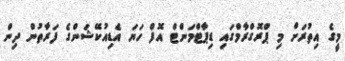
މީގެ އިތުރަށް މި ޕްރޮގްރާމްގައި ޑިޕާޓްމަންޓް އޮފް ހަޔަ އެޑިއުކޭޝަންގެ ފަރާތުން ދިން